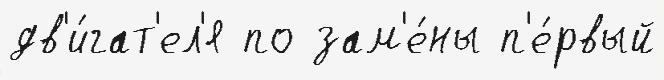
дв'и́гат'ел'я по зам'е́ны п'е́рвый